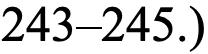
243–245.)